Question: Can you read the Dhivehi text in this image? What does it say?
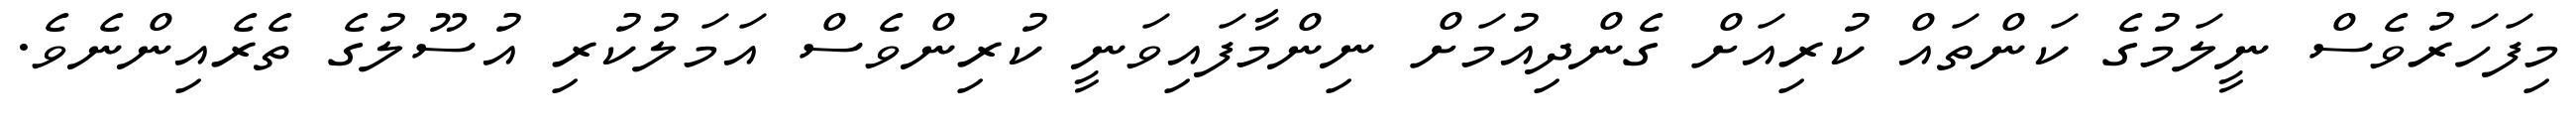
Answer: މިފަހަރުވެސް ނީލަމުގެ ކަންތައް ކުރިއަށް ގެންދިއުމަށް ނިންމާފައިވަނީ ކުރިންވެސް އަމަލުކުރި އުސޫލުގެ ތެރެއިންނެވެ.